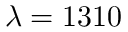
\lambda = 1 3 1 0